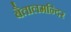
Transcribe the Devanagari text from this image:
बैतालमन्दिर